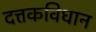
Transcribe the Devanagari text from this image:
दत्तकविधान